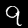
Label: 9